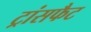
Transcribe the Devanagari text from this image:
ट्रांसफैट